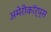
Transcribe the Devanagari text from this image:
अमेरीकॉर्प्स